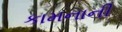
કામનાની